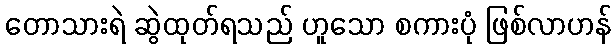
တောသားရဲ ဆွဲထုတ်ရသည် ဟူသော စကားပုံ ဖြစ်လာဟန်